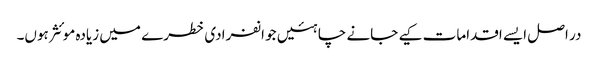
در اصل ایسے اقدامات کیے جانے چاہئیں جو انفرادی خطرے میں زیادہ موئثر ہوں۔